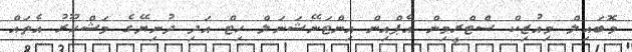
މޮބައިލް މިއުޒިކް ސްޓްރީމިން އެޕްއިން އިންޓަނޭޝަނަލް ހިޓް އަދި ދުނިޔޭގެ މަޝްހޫރު އެތައް